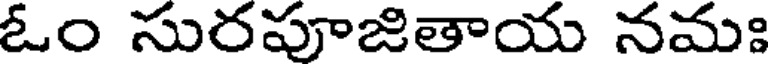
ఓం సురపూజితాయ నమః